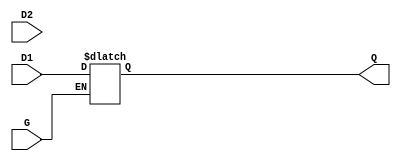
module dual_input_gated_latch (
    input wire D1,      // First data input
    input wire D2,      // Second data input
    input wire G,       // Gate control signal
    output reg Q        // Output that represents the stored value
);

// Always block triggered by changes in G, D1, or D2
always @(*) begin
    if (G) begin
        // When G is high, select between D1 and D2
        // Here we prioritize D1 over D2
        Q = D1; // Change this line if you want to prioritize D2
    end
    // When G is low, retain the last value of Q
end

endmodule